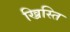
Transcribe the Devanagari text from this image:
ख्रिस्ति